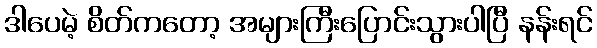
ဒါပေမဲ့ စိတ်ကတော့ အများကြီးပြောင်းသွားပါပြီ နန်းရင်